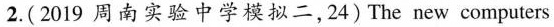
2.（2019周南实验中学模拟二，24）The new computers